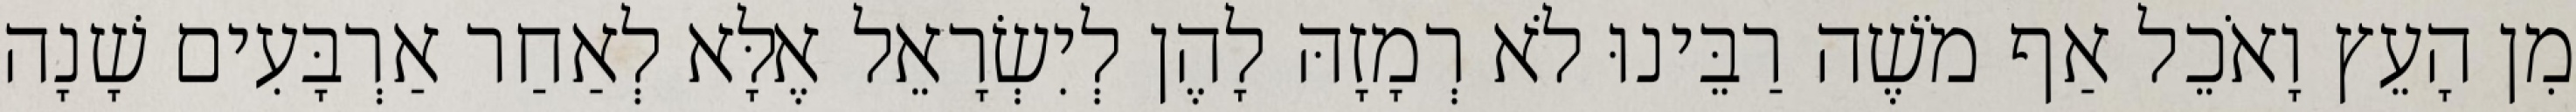
מִן הָעֵץ וָאֹכֵל אַף מֹשֶׁה רַבֵּינוּ לֹא רְמָזָהּ לָהֶן לְיִשְׂרָאֵל אֶלָּא לְאַחַר אַרְבָּעִים שָׁנָה